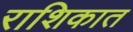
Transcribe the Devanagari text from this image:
राशिकात